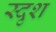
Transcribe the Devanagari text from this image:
स्दृश